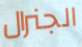
الجنرال